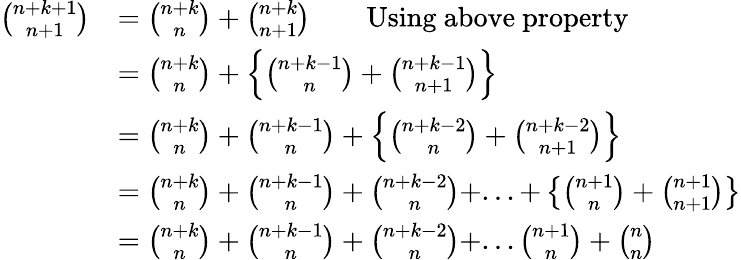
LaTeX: \begin{array}{rl}{\binom{n+k+1}{n+1}}&{=\binom{n+k}{n}+\binom{n+k}{n+1}\qquad\mathrm{Using~above~property}}\\ &{=\binom{n+k}{n}+\left\{ \binom{n+k-1}{n}+\binom{n+k-1}{n+1}\right\} }\\ &{=\binom{n+k}{n}+\binom{n+k-1}{n}+\left\{ \binom{n+k-2}{n}+\binom{n+k-2}{n+1}\right\} }\\ &{=\binom{n+k}{n}+\binom{n+k-1}{n}+\binom{n+k-2}{n}+...+\left\{ \binom{n+1}{n}+\binom{n+1}{n+1}\right\} }\\ &{=\binom{n+k}{n}+\binom{n+k-1}{n}+\binom{n+k-2}{n}+...\binom{n+1}{n}+\binom{n}{n}}\end{array}